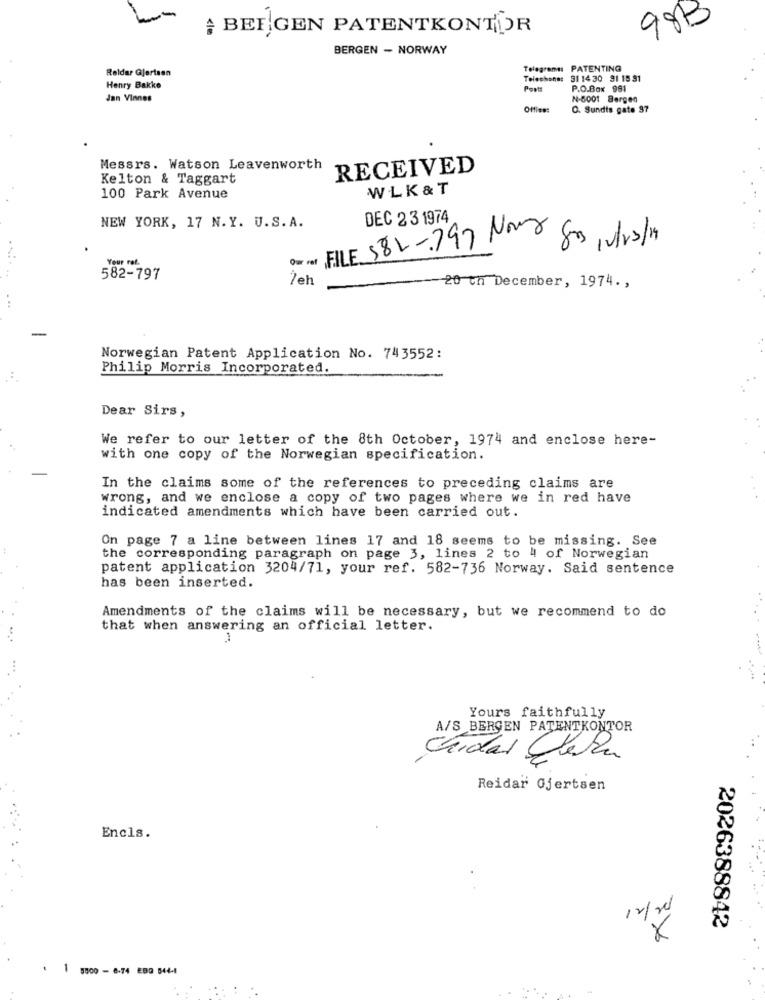
98B
BEEGEN PATENTKONTOR
BERGEN - NORWAY
Reidar Gjertsen
Telegram: PATENTING
Telechanas
91 14 30 91 15 31
Henry Bakke
Posts
P.O.Box 991
Jan Vinnes
N-5001 Bergen
Office:
O. Sundts gate 97
Messrs. Watson Leavenworth
RECEIVED
Kelton & Taggart
WLK & T
100 Park Avenue
DEC 2 3 1974
NEW YORK, 17 N. Y. U.S. A.
Die for FILE 582-797 Nova 80s, V/r/19
582-797
Żeh
20 th December, 1974 .,
...
Norwegian Patent Application No. 743552:
Philip Morris Incorporated.
Dear Sirs,
We refer to our letter of the 8th October, 1974 and enclose here-
with one copy of the Norwegian specification.
In the claims some of the references to preceding claims are
wrong, and we enclose a copy of two pages where we in red have
indicated amendments which have been carried out.
On page 7 a line between lines 17 and 18 seems to be missing. See
the corresponding paragraph on page 3, lines 2 to 4 of Norwegian
patent application 3204/71, your ref. 582-736 Norway. Said sentence
has been inserted.
Amendments of the claims will be necessary, but we recommend to do
that when answering an official letter.
Yours faithfully
A/S BERGEN PATENTKONTOR
Chidas Jela
Reidar Gjertsen
Encls.
2026388842
. 1 9800 - 6-74 EBD 544-1